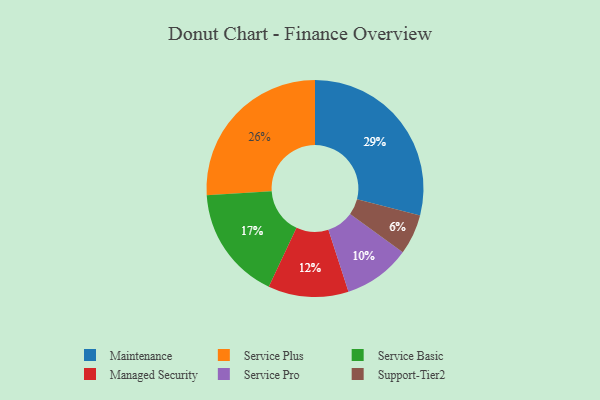
{"axis": {"x": "Category", "y": "Percentage"}, "legend": ["Maintenance", "Managed Security", "Service Basic", "Service Plus", "Service Pro", "Support-Tier2"], "data": [{"x": "Managed Security", "y": 12, "type": "Managed Security"}, {"x": "Service Basic", "y": 17, "type": "Service Basic"}, {"x": "Maintenance", "y": 29, "type": "Maintenance"}, {"x": "Service Pro", "y": 10, "type": "Service Pro"}, {"x": "Service Plus", "y": 26, "type": "Service Plus"}, {"x": "Support-Tier2", "y": 6, "type": "Support-Tier2"}]}